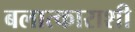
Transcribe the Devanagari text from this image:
बलात्काराशी